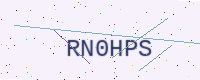
Text: RN0HPS